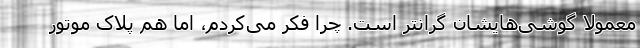
معمولاً گوشی‌هایشان گرانتر است. چرا فکر می‌کردم، اما هم پلاک موتور